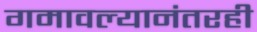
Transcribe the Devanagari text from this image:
गमावल्यानंतरही